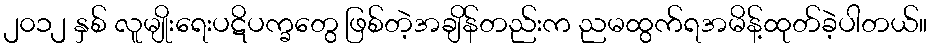
၂၀၁၂ နှစ် လူမျိုးရေးပဋိပက္ခတွေ ဖြစ်တဲ့အချိန်တည်းက ညမထွက်ရအမိန့်ထုတ်ခဲ့ပါတယ်။